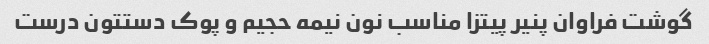
گوشت فراوان پنیر پیتزا مناسب نون نیمه حجیم و پوک دستتون درست